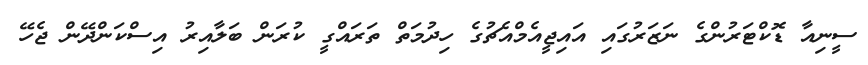
ސީނިއާ ޑޮކްޓަރުންގެ ނަޒަރުގައި އައިޖީއެމްއެޗުގެ ހިދުމަތް ތަރައްގީ ކުރަން ބަލާއިރު އިސްކަންދޭން ޖެހޭ